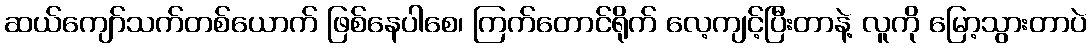
ဆယ်ကျော်သက်တစ်ယောက် ဖြစ်နေပါစေ၊ ကြက်တောင်ရိုက် လေ့ကျင့်ပြီးတာနဲ့ လူကို မြော့သွားတာပဲ